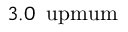
3 . 0 \, \mathrm { \ u p m u m }